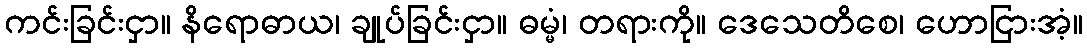
ကင်းခြင်းငှာ။ နိရောဓာယ၊ ချုပ်ခြင်းငှာ။ ဓမ္မံ၊ တရားကို။ ဒေသေတိစေ၊ ဟောငြားအံ့။